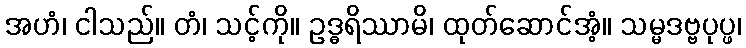
အဟံ၊ ငါသည်။ တံ၊ သင့်ကို။ ဥဒ္ဓရိဿာမိ၊ ထုတ်ဆောင်အံ့။ သမ္မဒဗ္ဗပုပ္ဖ၊